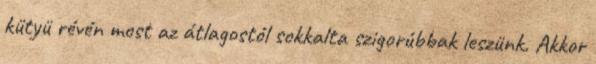
kütyü révén most az átlagostól sokkalta szigorúbbak leszünk. Akkor